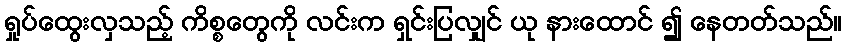
ရှုပ်ထွေးလှသည့် ကိစ္စတွေကို လင်းက ရှင်းပြလျှင် ယု နားထောင် ၍ နေတတ်သည်။